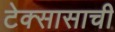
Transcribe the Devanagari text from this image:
टेक्सासाची